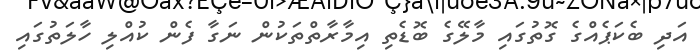
އަދި ބެކަޕެއްގެ ގޮތުގައި މާލޭގެ ބޮޑެތި އިމާރާތްތަކުން ނަގާ ފެން ކުއްލި ހާލަތުގައި